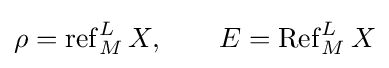
\rho =\operatorname {ref} _{M}^{L}X,\qquad E=\operatorname {Ref} _{M}^{L}X